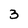
Character: 3